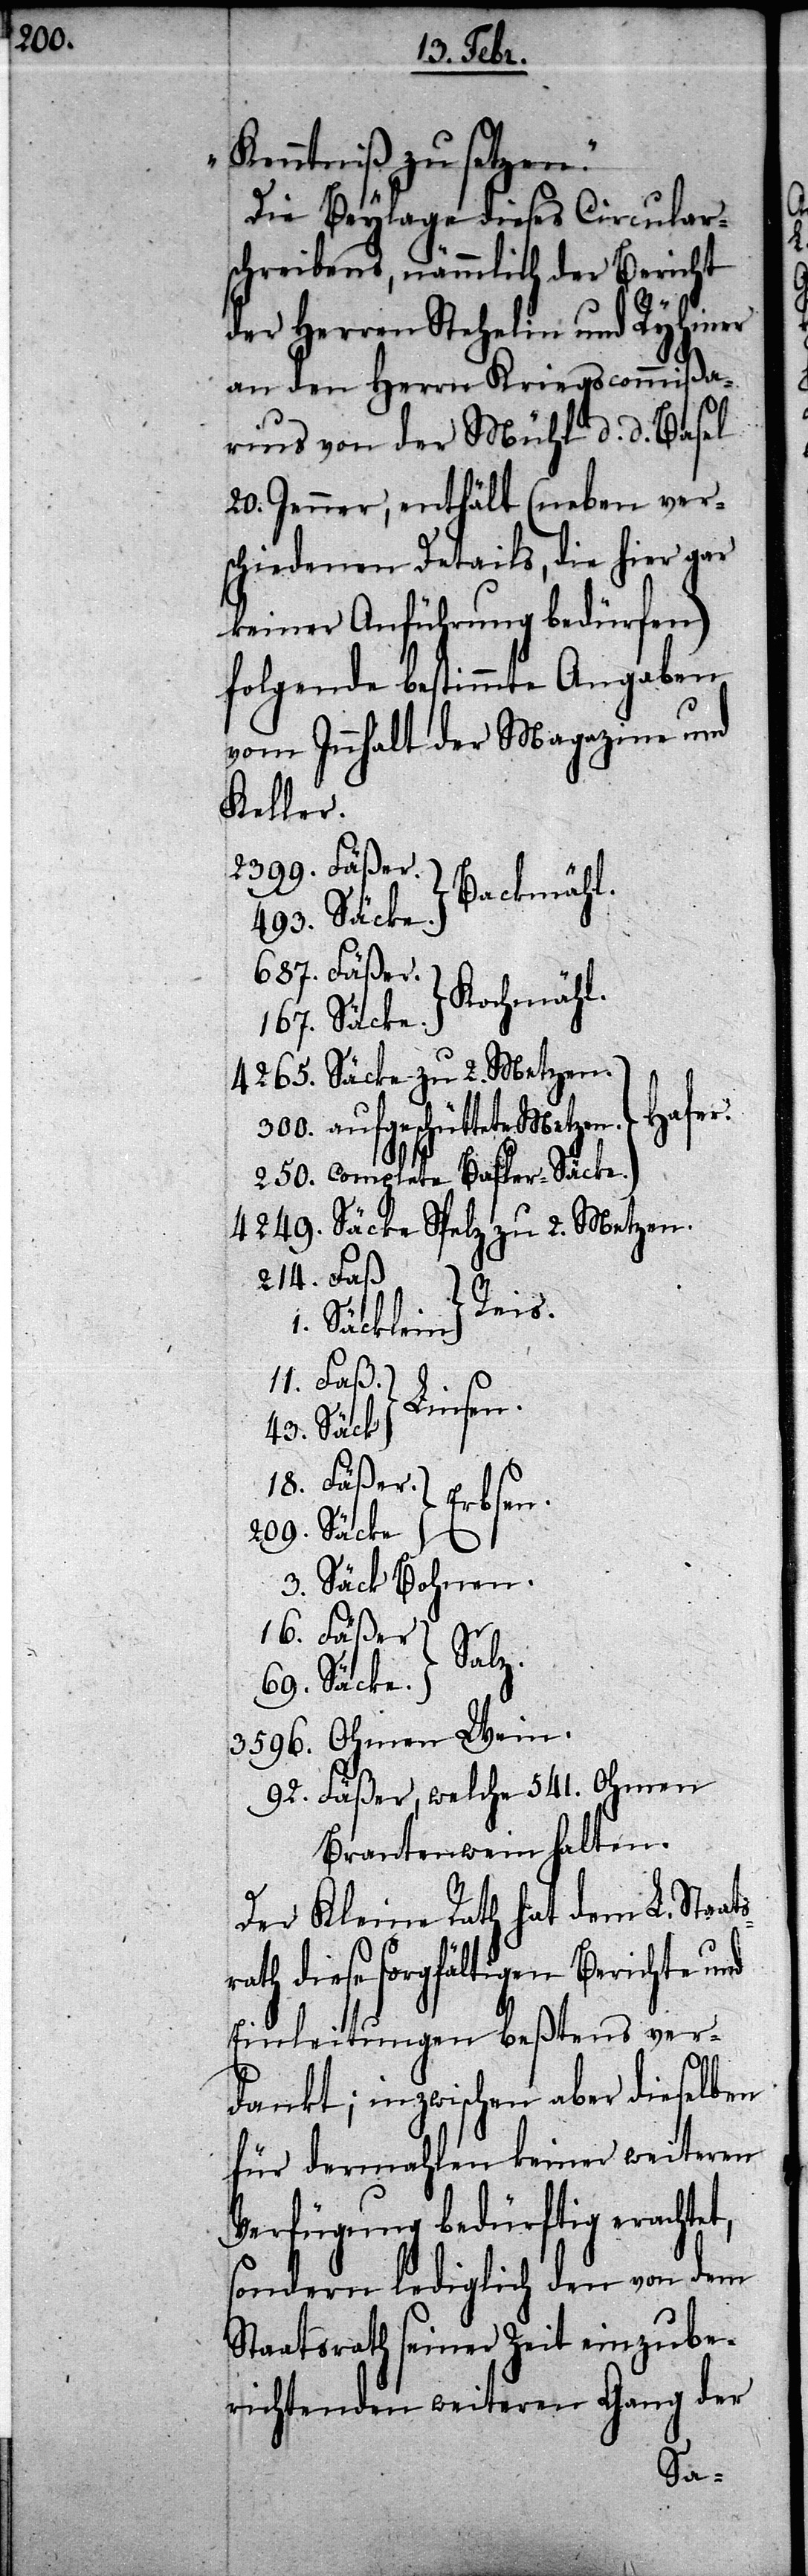
209.

t,

Kenntniß zu setzen.“
Die Beylage dieses Cirular¬
schreibens, nämmlich der Bericht
der Herren Stehelin und Ryhiner
an den Herrn Kriegscommißa¬
rius von der Mühl d. d. Basel
20. Jenner, enthält (neben ver¬
schiedenen Details, die hier gar
keiner Anführung bedürfen)
folgende bestimmte Angaben
vom Innhalt der Magazine und
Keller.
Backmähl.
Kochmähl.
Hafer.
aufgeschüttete Metzen.
Basler-Säcke.
Säcke Spelz zu 2. Metzen.
Wein.
Säcklein
Linsen.
Erbsen.
Säck Bohnen.
Salz.
Fäßer, welche 541. Ohmen
Brantenwein halten.
Der Kleine Rath hat dem L. Staat¬
srath diese sorgfältigen Berichte und
Einleitungen beßtens ver¬
dankt; inzwischen aber dieselben
für dermahlen keiner weiteren
Verfügung bedürftig erachte¬
sondern lediglich den von dem
Staatsrath seiner Zeit einzube¬
richtenden weiteren Gang der